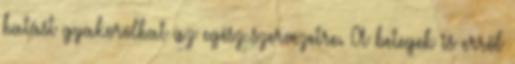
hatást gyakorolhat az egész szervezetre. A betegek is erről